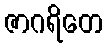
ဇာဂရိတေ